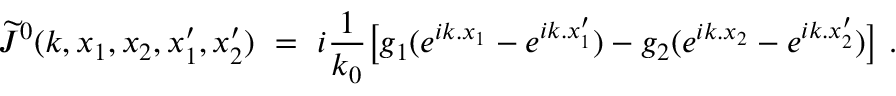
\widetilde J ^ { 0 } ( k , x _ { 1 } , x _ { 2 } , x _ { 1 } ^ { \prime } , x _ { 2 } ^ { \prime } ) \ = \ i \frac { 1 } { k _ { 0 } } \big [ g _ { 1 } ( e ^ { i k . x _ { 1 } } - e ^ { i k . x _ { 1 } ^ { \prime } } ) - g _ { 2 } ( e ^ { i k . x _ { 2 } } - e ^ { i k . x _ { 2 } ^ { \prime } } ) \big ] \ .